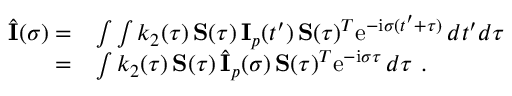
\begin{array} { r l } { \hat { \bf \cal I } ( \sigma ) = } & { \int \int k _ { 2 } ( \tau ) \, { \bf \cal S } ( \tau ) \, { \bf \cal I } _ { p } ( t ^ { \prime } ) \, { \bf \cal S } ( \tau ) ^ { T } \mathrm { e } ^ { - \mathrm { i } \sigma ( t ^ { \prime } + \tau ) } \, d t ^ { \prime } d \tau } \\ { = } & { \int k _ { 2 } ( \tau ) \, { \bf \cal S } ( \tau ) \, \hat { \bf \cal I } _ { p } ( \sigma ) \, { \bf \cal S } ( \tau ) ^ { T } \mathrm { e } ^ { - \mathrm { i } \sigma \tau } \, d \tau \ . } \end{array}